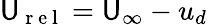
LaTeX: \mathsf{U}_{\mathrm{{~r~e~l~}}}=\mathsf{U}_{\infty}-u_{d}